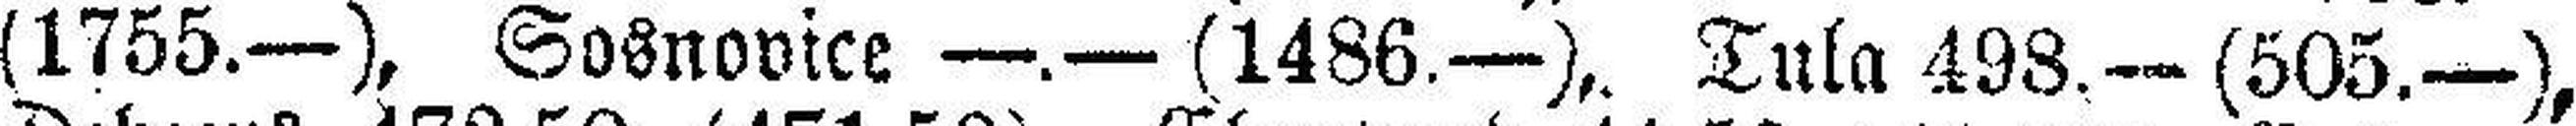
(1755.—), Sosnovice —.— (1486.—), Tula 498.— (505.—)